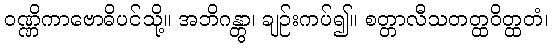
ဝဏ္ဏိကာဗောဓိပင်သို့။ အဘိဂန္တွာ၊ ချဉ်းကပ်၍။ စတ္တာလီသတတ္ထဝိတ္ထတံ၊